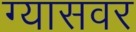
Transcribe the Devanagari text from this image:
ग्यासवर